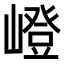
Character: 嶝